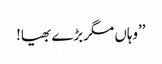
’’وہاں مگر بڑے بھیا!